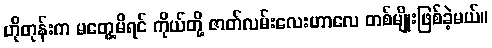
ဟိုတုန်းက မတွေ့မိရင် ကိုယ်တို့ ဇာတ်လမ်းလေးဟာလေ တစ်မျိုးဖြစ်ခဲ့မယ်။